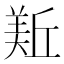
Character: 𱻏